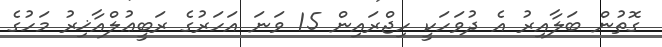
ގޮތުން ބަލާއިރު އެ ދުވަހަކީ ހިޖްރައިން 15 ވަނަ އަހަރުގެ ރަބީޢުލްއާޚިރު މަހުގެ